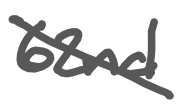
Text: 62nd
Cross-out: diagonal
Writing tool: digital_gray